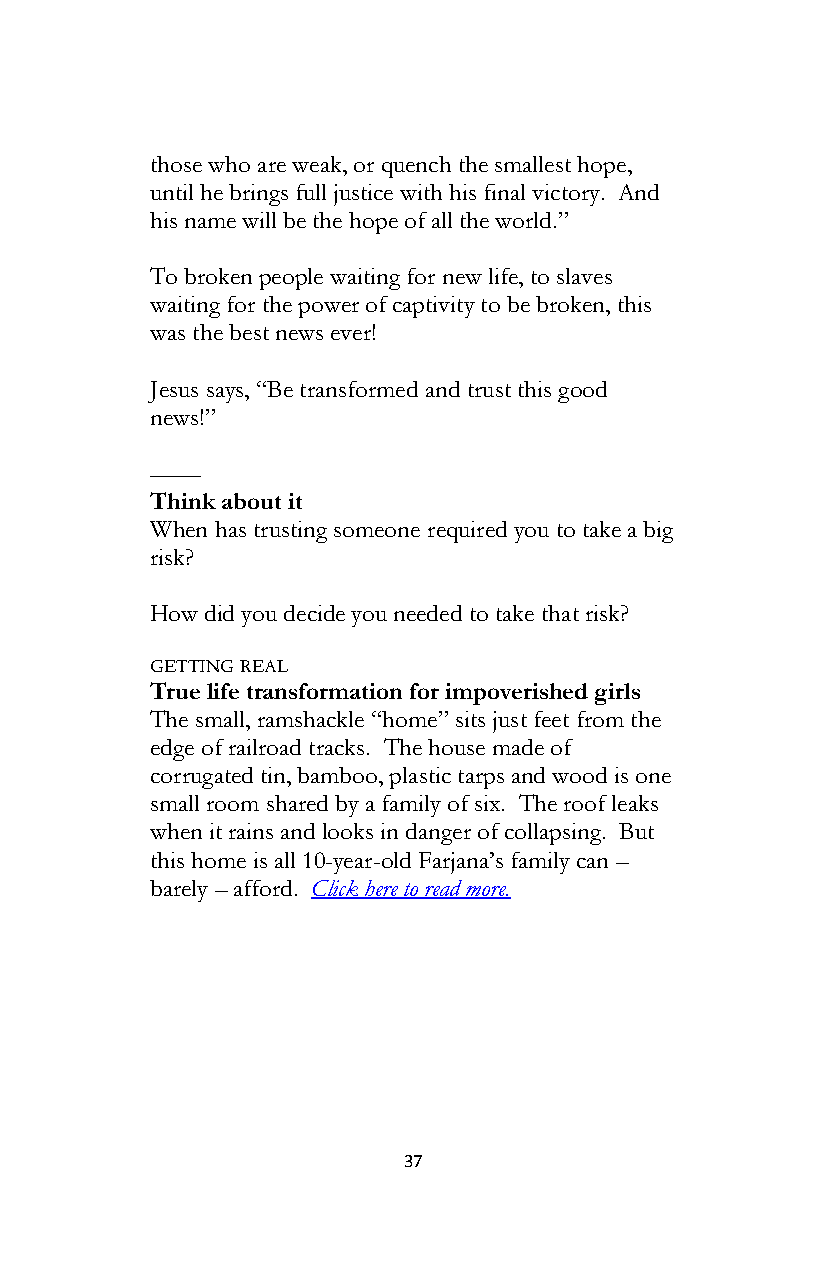
those who are weak, or quench the smallest hope,
 until he brings full justice with his final victory. And
 his name will be the hope of all the world.”
 To broken people waiting for new life, to slaves
 waiting for the power of captivity to be broken, this
 was the best news ever!
 Jesus says, “Be transformed and trust this good
 news!”
 ––––
 Think about it
 When has trusting someone required you to take a big
 risk?
 How did you decide you needed to take that risk?
 GETTING REAL
 True life transformation for impoverished girls
 The small, ramshackle “home” sits just feet from the
 edge of railroad tracks. The house made of
 corrugated tin, bamboo, plastic tarps and wood is one
 small room shared by a family of six. The roof leaks
 when it rains and looks in danger of collapsing. But
 this home is all 10-year-old Farjana’s family can –
 barely – afford. Click here to read more.
 37